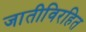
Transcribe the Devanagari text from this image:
जातीविरहित